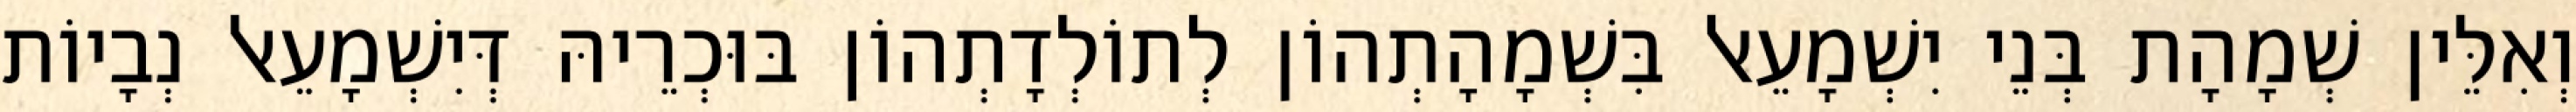
וְאִלֵּין שְׁמָהָת בְּנֵי יִשְׁמָעֵאל בִּשְׁמָהָתְהוֹן לְתוֹלְדָתְהוֹן בּוּכְרֵיהּ דְּיִשְׁמָעֵאל נְבָיוֹת